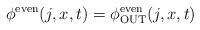
LaTeX: \begin{align*}\phi^{\rm even}(j,x,t) = \phi^{\rm even}_{\rm OUT}(j,x,t)\end{align*}